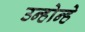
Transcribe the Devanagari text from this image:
उन्होन्हे